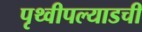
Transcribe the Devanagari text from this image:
पृथ्वीपल्याडची